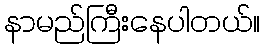
နာမည်ကြီးနေပါတယ်။